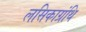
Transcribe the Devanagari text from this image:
लसिकाग्रंथि